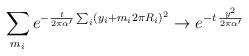
LaTeX: \begin{align*}\sum_{m_i} e^{- {t\over2\pi\alpha'}\sum_i (y_i + m_i 2\pi R_i)^2} \rightarrow e^{- t\,{y^2\over2\pi\alpha'}}\end{align*}